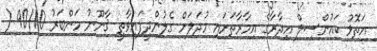
އަތޮޅު ކައުންސިލް އިދާރާގެ އިމާރާތަށައި މުދަލަށް ގެލުންދީފައިވާތީ ޤާނޫނު މަންބަރު 90/10 (